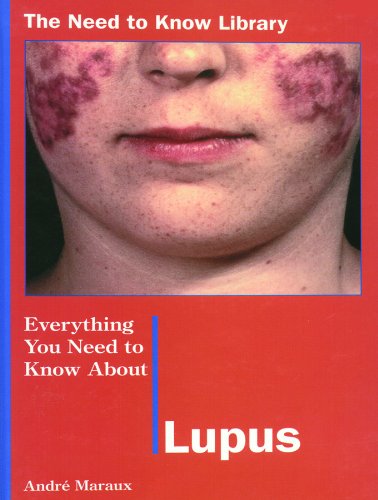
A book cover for Everything You Need to Know About Lupus (Need to Know Library); Andre Maraux; Health, Fitness & Dieting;